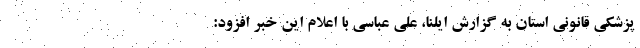
پزشکی قانونی استان به گزارش ایلنا، علی عباسی با اعلام این خبر افزود: